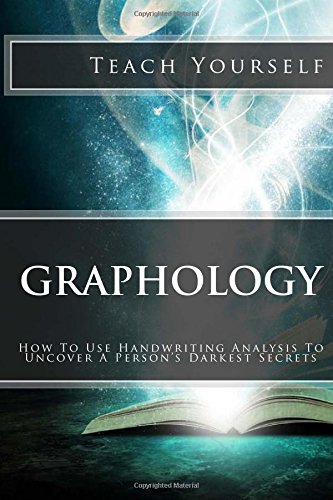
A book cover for Graphology (Teach Yourself): How To Use Handwriting Analysis To Uncover A Person's Darkest Secrets; Jeffrey Nelson; Self-Help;